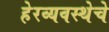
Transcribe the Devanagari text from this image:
हेरव्यवस्थेचे